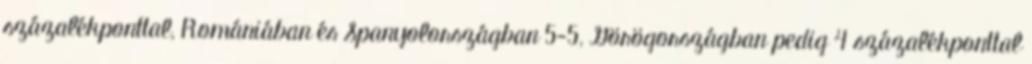
százalékponttal, Romániában és Spanyolországban 5-5, Görögországban pedig 4 százalékponttal